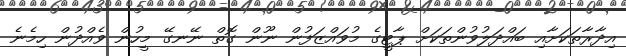
އިދާރާތަކަށާއި ބައްދަލުވުންތަކަށް ޕާޓީގެ މުވައްޒަފުން ނޫން ގޮތް ނޭނގޭ މީހުން ވެއްދުން ހިމެނެ